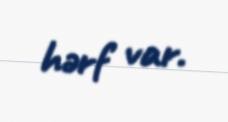
hərf var.